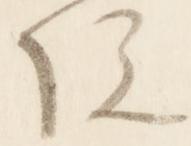
院